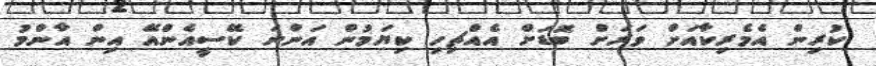
ކުރިން އެމެރިކާއަށް ވަރަށް ބޮޑަށް އެއްޗިހި ކިޔަމުން އަންނަ ކޭސީއެންއޭ އިން އާންމު